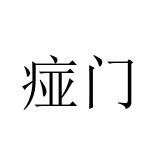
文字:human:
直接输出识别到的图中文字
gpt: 痖门